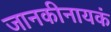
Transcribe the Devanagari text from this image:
जानकीनायकं